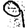
Digit: 9